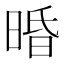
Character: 𣇲